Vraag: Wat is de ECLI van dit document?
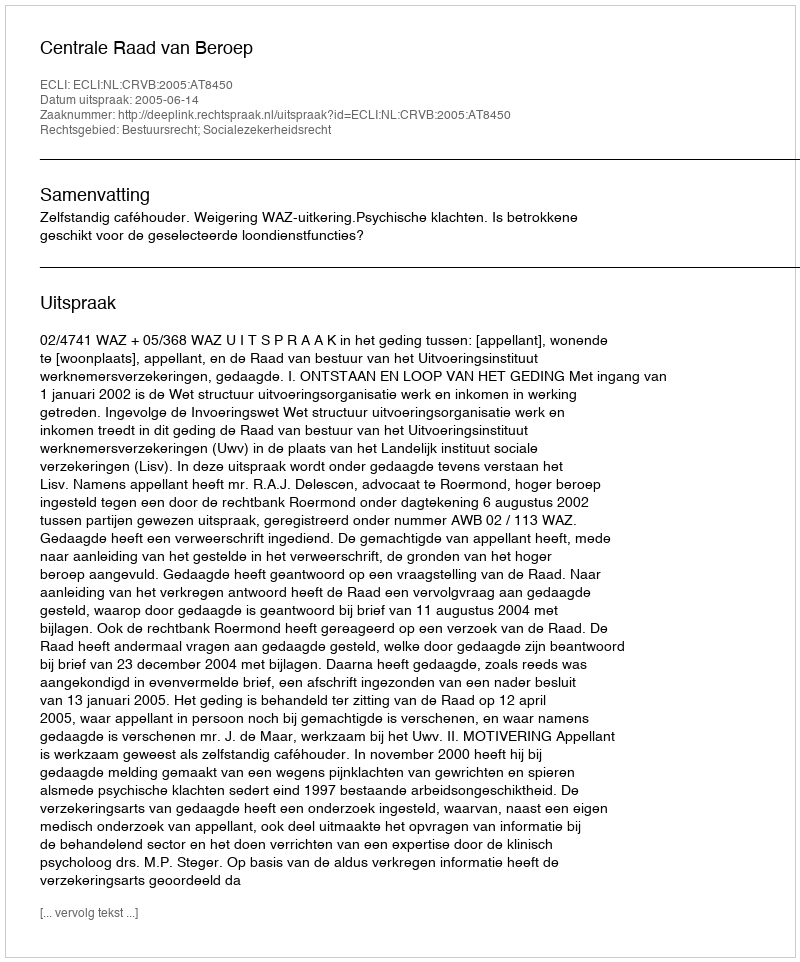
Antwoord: ECLI:NL:CRVB:2005:AT8450